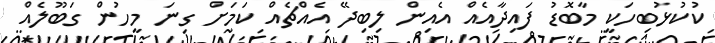
ކުކުޅުބިހަކީ މާބޮޑު ފައިދާއެއް އެއިން ލިބިދޭ އެއްޗެއް ކަމަށް ގިނަ މީހުން ގަބޫލެއް